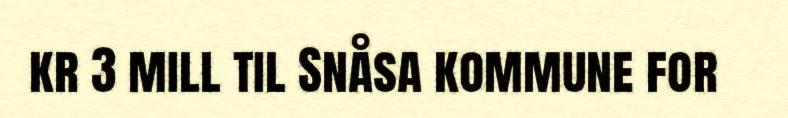
kr 3 mill til Snåsa kommune for